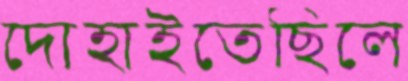
দোহাইতেছিলে